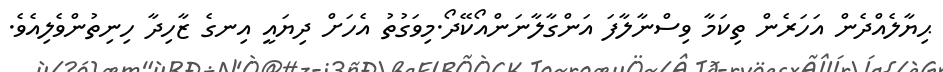
ޙިޔާލެއްދެން އަހަރެން ތިކަމާ ވިސްނާލާފަ އަންގާލާނަންއޯކޭދޯ.މިވަގުތު އެހަށް ދިޔައީ އިނގެ ޒާހިދާ ހިނިތުންވެލިއެވެ.